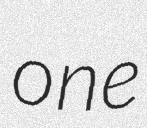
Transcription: one